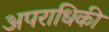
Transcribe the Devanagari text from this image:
अपराधिकी